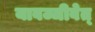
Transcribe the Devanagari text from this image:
यावज्जीवेत्‌